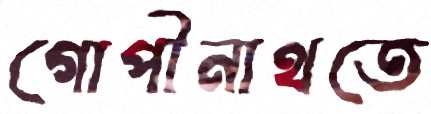
গোপীনাথতে